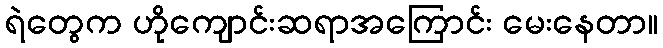
ရဲတွေက ဟိုကျောင်းဆရာအကြောင်း မေးနေတာ။